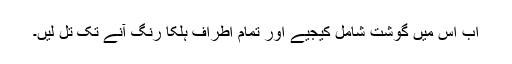
اب اِس میں گوشت شامِل کیجیے اور تمام اطراف ہلکا رنگ آنے تک تل لیں۔